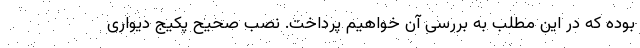
بوده که در این مطلب به بررسی آن خواهیم پرداخت. نصب صحیح پکیج دیواری